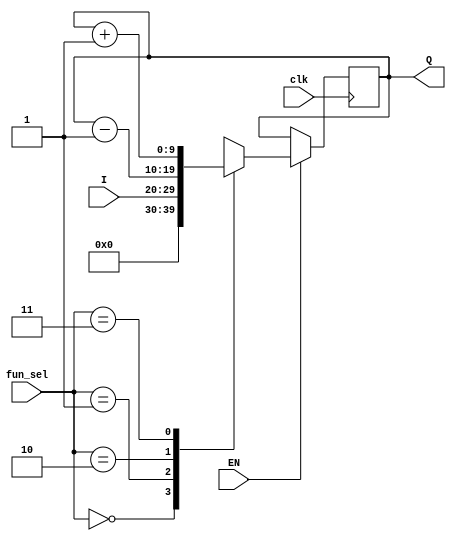
`timescale 1ns / 1ps
//////////////////////////////////////////////////////////////////////////////////
// Company: 
// Engineer: 
// 
// Design Name: 
// Module Name: n_bit_register
// Project Name: 
// Target Devices: 
// Tool Versions: 
// Description: 
// 
// Dependencies: 
// 
// Revision:
// Revision 0.01 - File Created
// Additional Comments:
// 
//////////////////////////////////////////////////////////////////////////////////


module n_bit_register
    #(parameter N = 10)(
    input clk,
    input EN,
    input [N-1:0] I,
    input [1:0] fun_sel,
    output[N-1:0] Q
    );
    
    reg [N-1:0] Reg = 0;

    always @(posedge clk) begin
        if(EN) 
        begin
            case(fun_sel)
                2'b00: begin
                    Reg <= 0;
                end
                2'b01: begin
                    Reg <= I;
                end
                2'b10: begin
                    Reg <= Reg - 1;
                end
                2'b11: begin
                    Reg <= Reg + 1;
                end
            endcase
        end //else do nothing
    end
    
    assign Q = Reg;
    
endmodule


module IR_16(
    input clk,
    input EN,
    input [7:0] I,
    input L_H,
    input [1:0] fun_sel,
    output [15:0] Q
    );
    
    reg[15:0] Reg = 0;
    
    always @(posedge clk) begin
        if(EN) 
        begin
            case(fun_sel)
                2'b00: begin
                    Reg <= 0;
                end
                2'b01: begin
                    if(L_H) begin
                        Reg[7:0] = I;
                    end
                    else begin
                        Reg[15:8] = I;
                    end
                end
                2'b10: begin
                    Reg <= Reg - 1;
                end
                2'b11: begin
                    Reg <= Reg + 1;
                end
            endcase
        end // else do nothing
    end
    
    assign Q = Reg;    
endmodule